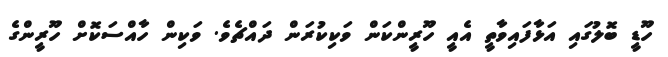
ހޫޑީ ބޮލުގައި އަޅާފައިވާތީ އެއީ ހޫރީންކަން ވަކިކުރަން ދައްޗެވެ. ވަކިން ހާއްސަކޮށް ހޫރީންގެ